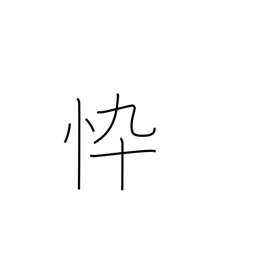
Meaning: haggard